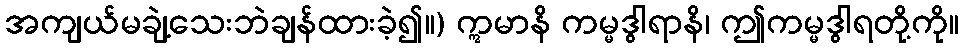
အကျယ်မချဲ့သေးဘဲချန်ထားခဲ့၍။) ဣမာနိ ကမ္မဒွါရာနိ၊ ဤကမ္မဒွါရတို့ကို။